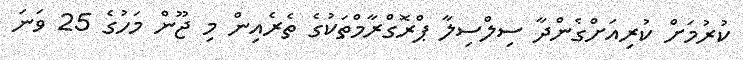
ކުރުމަށް ކުރިއަށްގެންދާ ސިލްސިލާ ޕްރޮގްރާމްތަކުގެ ތެރެއިން މި ޖޫން މަހުގެ 25 ވަނަ